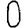
Digit: 0